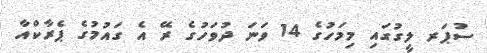
ސުޕަރ ލީގުގައި މިމަހުގެ 14 ވަނަ ދުވަހުގެ ރޭ އެ ގައުމުގެ ޕެރާކްއާ